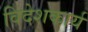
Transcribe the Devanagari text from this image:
विदेशकार्य